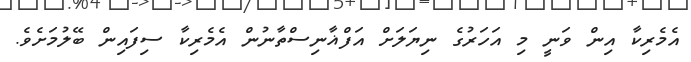
އެމެރިކާ އިން ވަނީ މި އަހަރުގެ ނިޔަލަށް އަފްޣާނިސްތާނުން އެމެރިކާ ސިފައިން ބޭލުމަށެވެ.